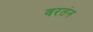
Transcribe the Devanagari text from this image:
वरतंन